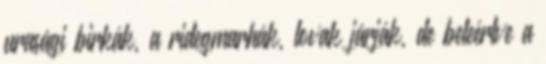
urasági birkák, a ridegmarhák, lovak járják, de beleértve a